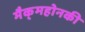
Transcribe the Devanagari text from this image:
मैक्‌महोनकी